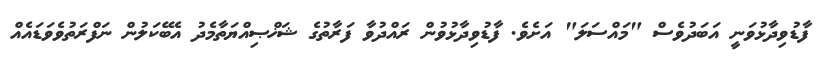
ފާޑުވިދާޅުވަނީ އަބަދުވެސް "މައްސަލަ" އަށެވެ. ފާޑުވިދާޅުވުން ރައްދުވާ ފަރާތުގެ ޝަޚްޞިއްޔަތާމެދު އެބޭކަލުން ނަފްރަތުވެވަޑައެއް